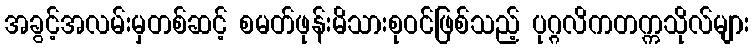
အခွင့်အလမ်းမှတစ်ဆင့် စမတ်ဖုန်းမိသားစုဝင်ဖြစ်သည့် ပုဂ္ဂလိကတက္ကသိုလ်များ